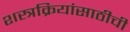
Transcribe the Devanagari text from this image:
शस्त्रक्रियांसाठीची